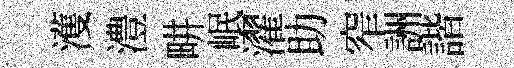
濩澧畊岷濯助窄詶諧